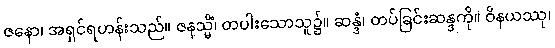
ဇနော၊ အရှင်ရဟန်းသည်။ ဇနသ္မိံ၊ တပါးသောသူ၌။ ဆန္ဒံ၊ တပ်ခြင်းဆန္ဒကို။ ဝိနယဿု၊